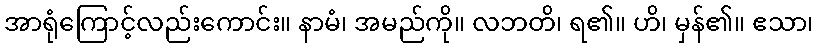
အာရုံကြောင့်လည်းကောင်း။ နာမံ၊ အမည်ကို။ လဘတိ၊ ရ၏။ ဟိ၊ မှန်၏။ ဧသာ၊